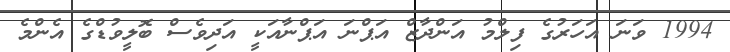
1994 ވަނަ އަހަރުގެ ފިލްމު އަންދާޒް އަޕްނަ އަޕްނާއަކީ އަދިވެސް ބޮލީވުޑްގެ އެންމެ